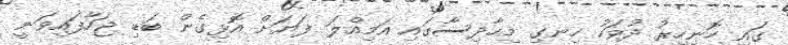
ގައި ހޮނިހިރު ދުވަހު ހިނގި މިހާދިސާގައި އަމިއްލަ ފަޔަށް އޮޅިގެން ބަޑި ޖަހާފައިވަނީ